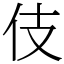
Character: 伎